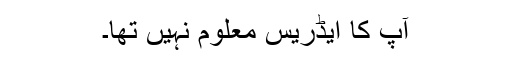
آپ کا ایڈریس معلوم نہیں تھا۔